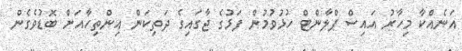
އަނެއްކާ މިހާރު އައިސް ޕްލާންޓް ހުޅުވުމުން ފަޅުގެ ޖާގައިގެ ދަތިކަން އިންތިހާއަށް ބޮޑުވެގެން